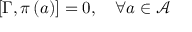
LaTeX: \left[ \Gamma , \pi \left( a \right) \right] = 0 , \quad \forall a \in \mathcal { A }